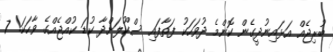
ބުރިޖެއް އަޅައިނުދީގެން ކޮންމެ ދުވަހަކު ފަތާފައި ސްކޫލަށްދާ ކުޑަ ކުއްޖެއްގެ ވާހަކަ! 7